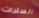
السترات